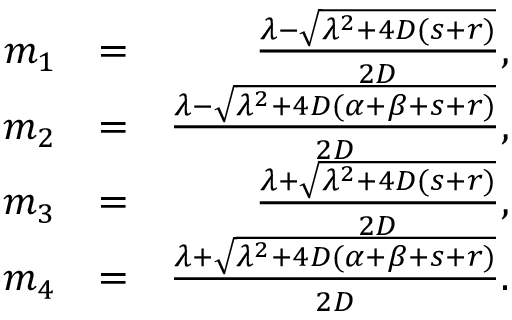
\begin{array} { r l r } { m _ { 1 } } & { = } & { \frac { \lambda - \sqrt { \lambda ^ { 2 } + 4 D ( s + r ) } } { 2 D } , } \\ { m _ { 2 } } & { = } & { \frac { \lambda - \sqrt { \lambda ^ { 2 } + 4 D ( \alpha + \beta + s + r ) } } { 2 D } , } \\ { m _ { 3 } } & { = } & { \frac { \lambda + \sqrt { \lambda ^ { 2 } + 4 D ( s + r ) } } { 2 D } , } \\ { m _ { 4 } } & { = } & { \frac { \lambda + \sqrt { \lambda ^ { 2 } + 4 D ( \alpha + \beta + s + r ) } } { 2 D } . } \end{array}